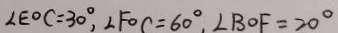
\angle E O C = 3 0 ^ { \circ } , \angle F O C = 6 0 ^ { \circ } \angle B O F = 2 0 ^ { \circ }